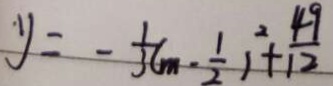
y = - \frac { 1 } { 3 } ( m - \frac { 1 } { 2 } ) ^ { 2 } + \frac { 4 9 } { 1 2 }